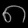
Digit: ၈